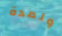
ولمدة